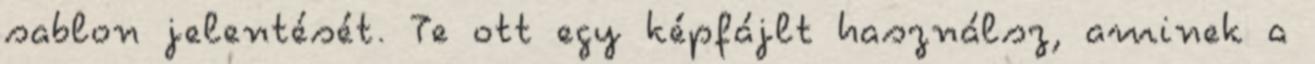
sablon jelentését. Te ott egy képfájlt használsz, aminek a